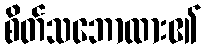
စိတ်သဘောထား၏